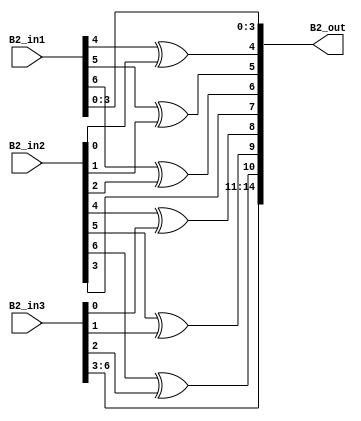
`timescale 1ns / 1ps 
//////////////////////////////////////////////////////////////////////////////////  
// Company:    
 // Engineer:   
 //  // Create Date: 25.01.2022 23:34:48 
// Design Name:     
// Module Name: overlap_module 
 // Project Name:    
// Target Devices:  
// Tool Versions:   
// Description: 
//              
// Dependencies:   
 //  
// Revision:       
 // Revision 0.01 - File Created 
// Additional Comments: 
//  
//////////////////////////////////////////////////////////////////////////////////  
    
    
module overlap_module_7bit(     
    B2_in1,                
    B2_in2,             
    B2_in3,   
    B2_out 
    );     


parameter n = 8;
    
input [n-2:0] B2_in1;   
input [n-2:0] B2_in2;    
input [n-2:0] B2_in3;    

output [2*n-2:0] B2_out;  
    


assign B2_out[0] = B2_in1[0];

assign B2_out[1] = B2_in1[1];

assign B2_out[2] = B2_in1[2];

assign B2_out[3] = B2_in1[3];

assign B2_out[4] = B2_in1[4]^ B2_in2[0];

assign B2_out[5] = B2_in1[5]^ B2_in2[1];

assign B2_out[6] = B2_in1[6]^ B2_in2[2];

assign B2_out[7] = B2_in2[3];

assign B2_out[8] = B2_in2[4]^B2_in3[0];

assign B2_out[9] = B2_in2[5]^B2_in3[1];

assign B2_out[10] = B2_in2[6]^B2_in3[2];

assign B2_out[11] = B2_in3[3];

assign B2_out[12] = B2_in3[4];

assign B2_out[13] = B2_in3[5];

assign B2_out[14] = B2_in3[6];

endmodule